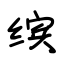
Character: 缤